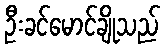
ဦးခင်မောင်ချိုသည်